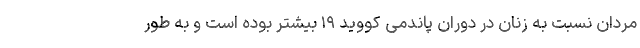
مردان نسبت به زنان در دوران پاندمی کووید ۱۹ بیشتر بوده است و به طور